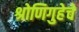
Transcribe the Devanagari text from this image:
श्रोणिगुहेचे